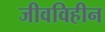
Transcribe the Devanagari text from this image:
जीवविहीन